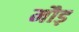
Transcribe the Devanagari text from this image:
मौड़